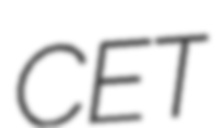
CET